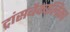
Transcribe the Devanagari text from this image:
ट्रांसबैकालिका